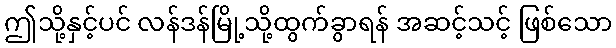
ဤသို့နှင့်ပင် လန်ဒန်မြို့သို့ထွက်ခွာရန် အဆင့်သင့် ဖြစ်သော